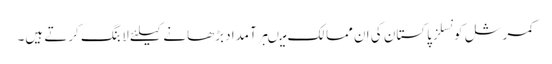
کمرشل کونسلز پاکستان کی ان ممالک میںبرآمداد بڑھانے کیلئے لابنگ کرتے ہیں۔